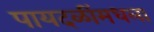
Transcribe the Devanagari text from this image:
पायदळींमधला